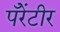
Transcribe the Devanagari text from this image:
पॅरेंटीर